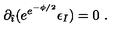
\partial _ { \hat { \imath } } ( e ^ { e ^ { - \phi / 2 } } \epsilon _ { I } ) = 0 \ .